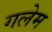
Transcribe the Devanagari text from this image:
गलेम